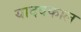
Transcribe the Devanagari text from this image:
यादवकाल